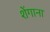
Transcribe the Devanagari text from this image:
शेंगाना